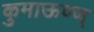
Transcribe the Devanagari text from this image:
कुमाऊण्ण्